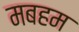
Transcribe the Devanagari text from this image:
मबहम